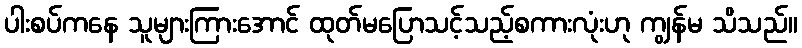
ပါးစပ်ကနေ သူများကြားအောင် ထုတ်မပြောသင့်သည့်စကားလုံးဟု ကျွန်မ သိသည်။